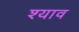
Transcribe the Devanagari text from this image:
श्याव